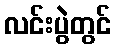
လင်းပွဲတွင်